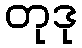
တုဒု